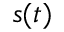
s ( t )